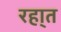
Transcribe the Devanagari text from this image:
रहा्त